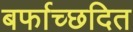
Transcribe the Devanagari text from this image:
बर्फाच्छदित